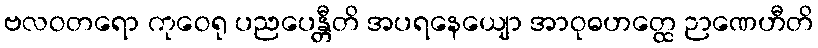
ဗလဝတရော ကုဝေရု ပညပေန္တီတိ အပရနေယျော အာဝုဓဟတ္ထေ ဉာဏေဟီတိ